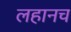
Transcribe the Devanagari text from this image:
लहानच